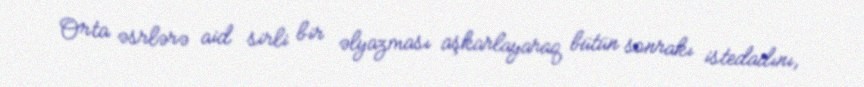
Orta əsrlərə aid sirli bir əlyazması aşkarlayaraq bütün sonrakı istedadını,